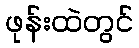
ဖုန်းထဲတွင်